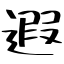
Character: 遐